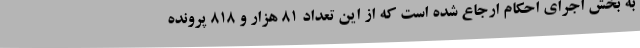
به بخش اجرای احکام ارجاع شده است که از این تعداد 81 هزار و 818 پرونده